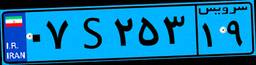
۰۷S۲۵۳۱۹